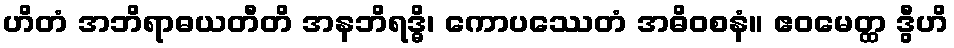
ဟိတံ အဘိရာဓယတီတိ အနဘိရဒ္ဓိ၊ ကောပဿေတံ အဓိဝစနံ။ ဧဝမေတ္ထ ဒွီဟိ